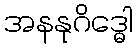
အနနုဂိဒ္ဓေါ